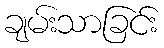
ချမ်းသာခြင်း